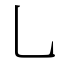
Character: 乚